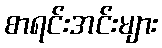
စာရင်းအင်းများ